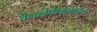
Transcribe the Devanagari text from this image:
वेनलेफैक्साइन